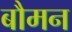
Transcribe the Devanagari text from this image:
बौमन